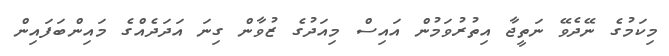
މިކަމުގެ ނޭދެވޭ ނަތީޖާ އިތުރުވަމުން އައިސް މިއަދުގެ ޒުވާން ގިނަ އަދަދެއްގެ މައިންބަފައިން